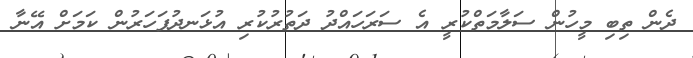
ދެން ތިބި މީހުން ސަލާމަތްކުރީ އެ ސަރަހައްދު ދަތުރުކުރި އުޅަނދުފަހަރުން ކަމަށް އޭނާ